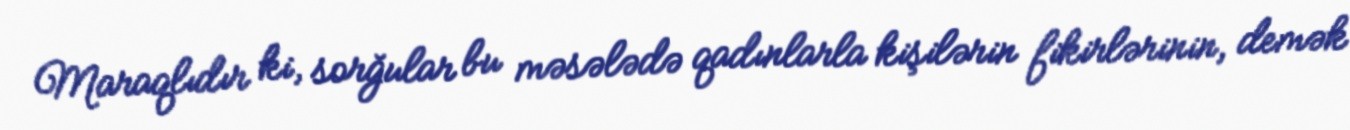
Maraqlıdır ki, sorğular bu məsələdə qadınlarla kişilərin fikirlərinin, demək